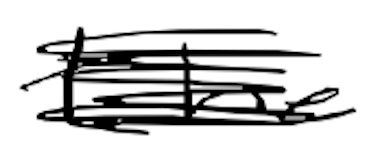
Text: the
Cross-out: scratch
Writing tool: digital_black